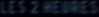
LES2NEUVES